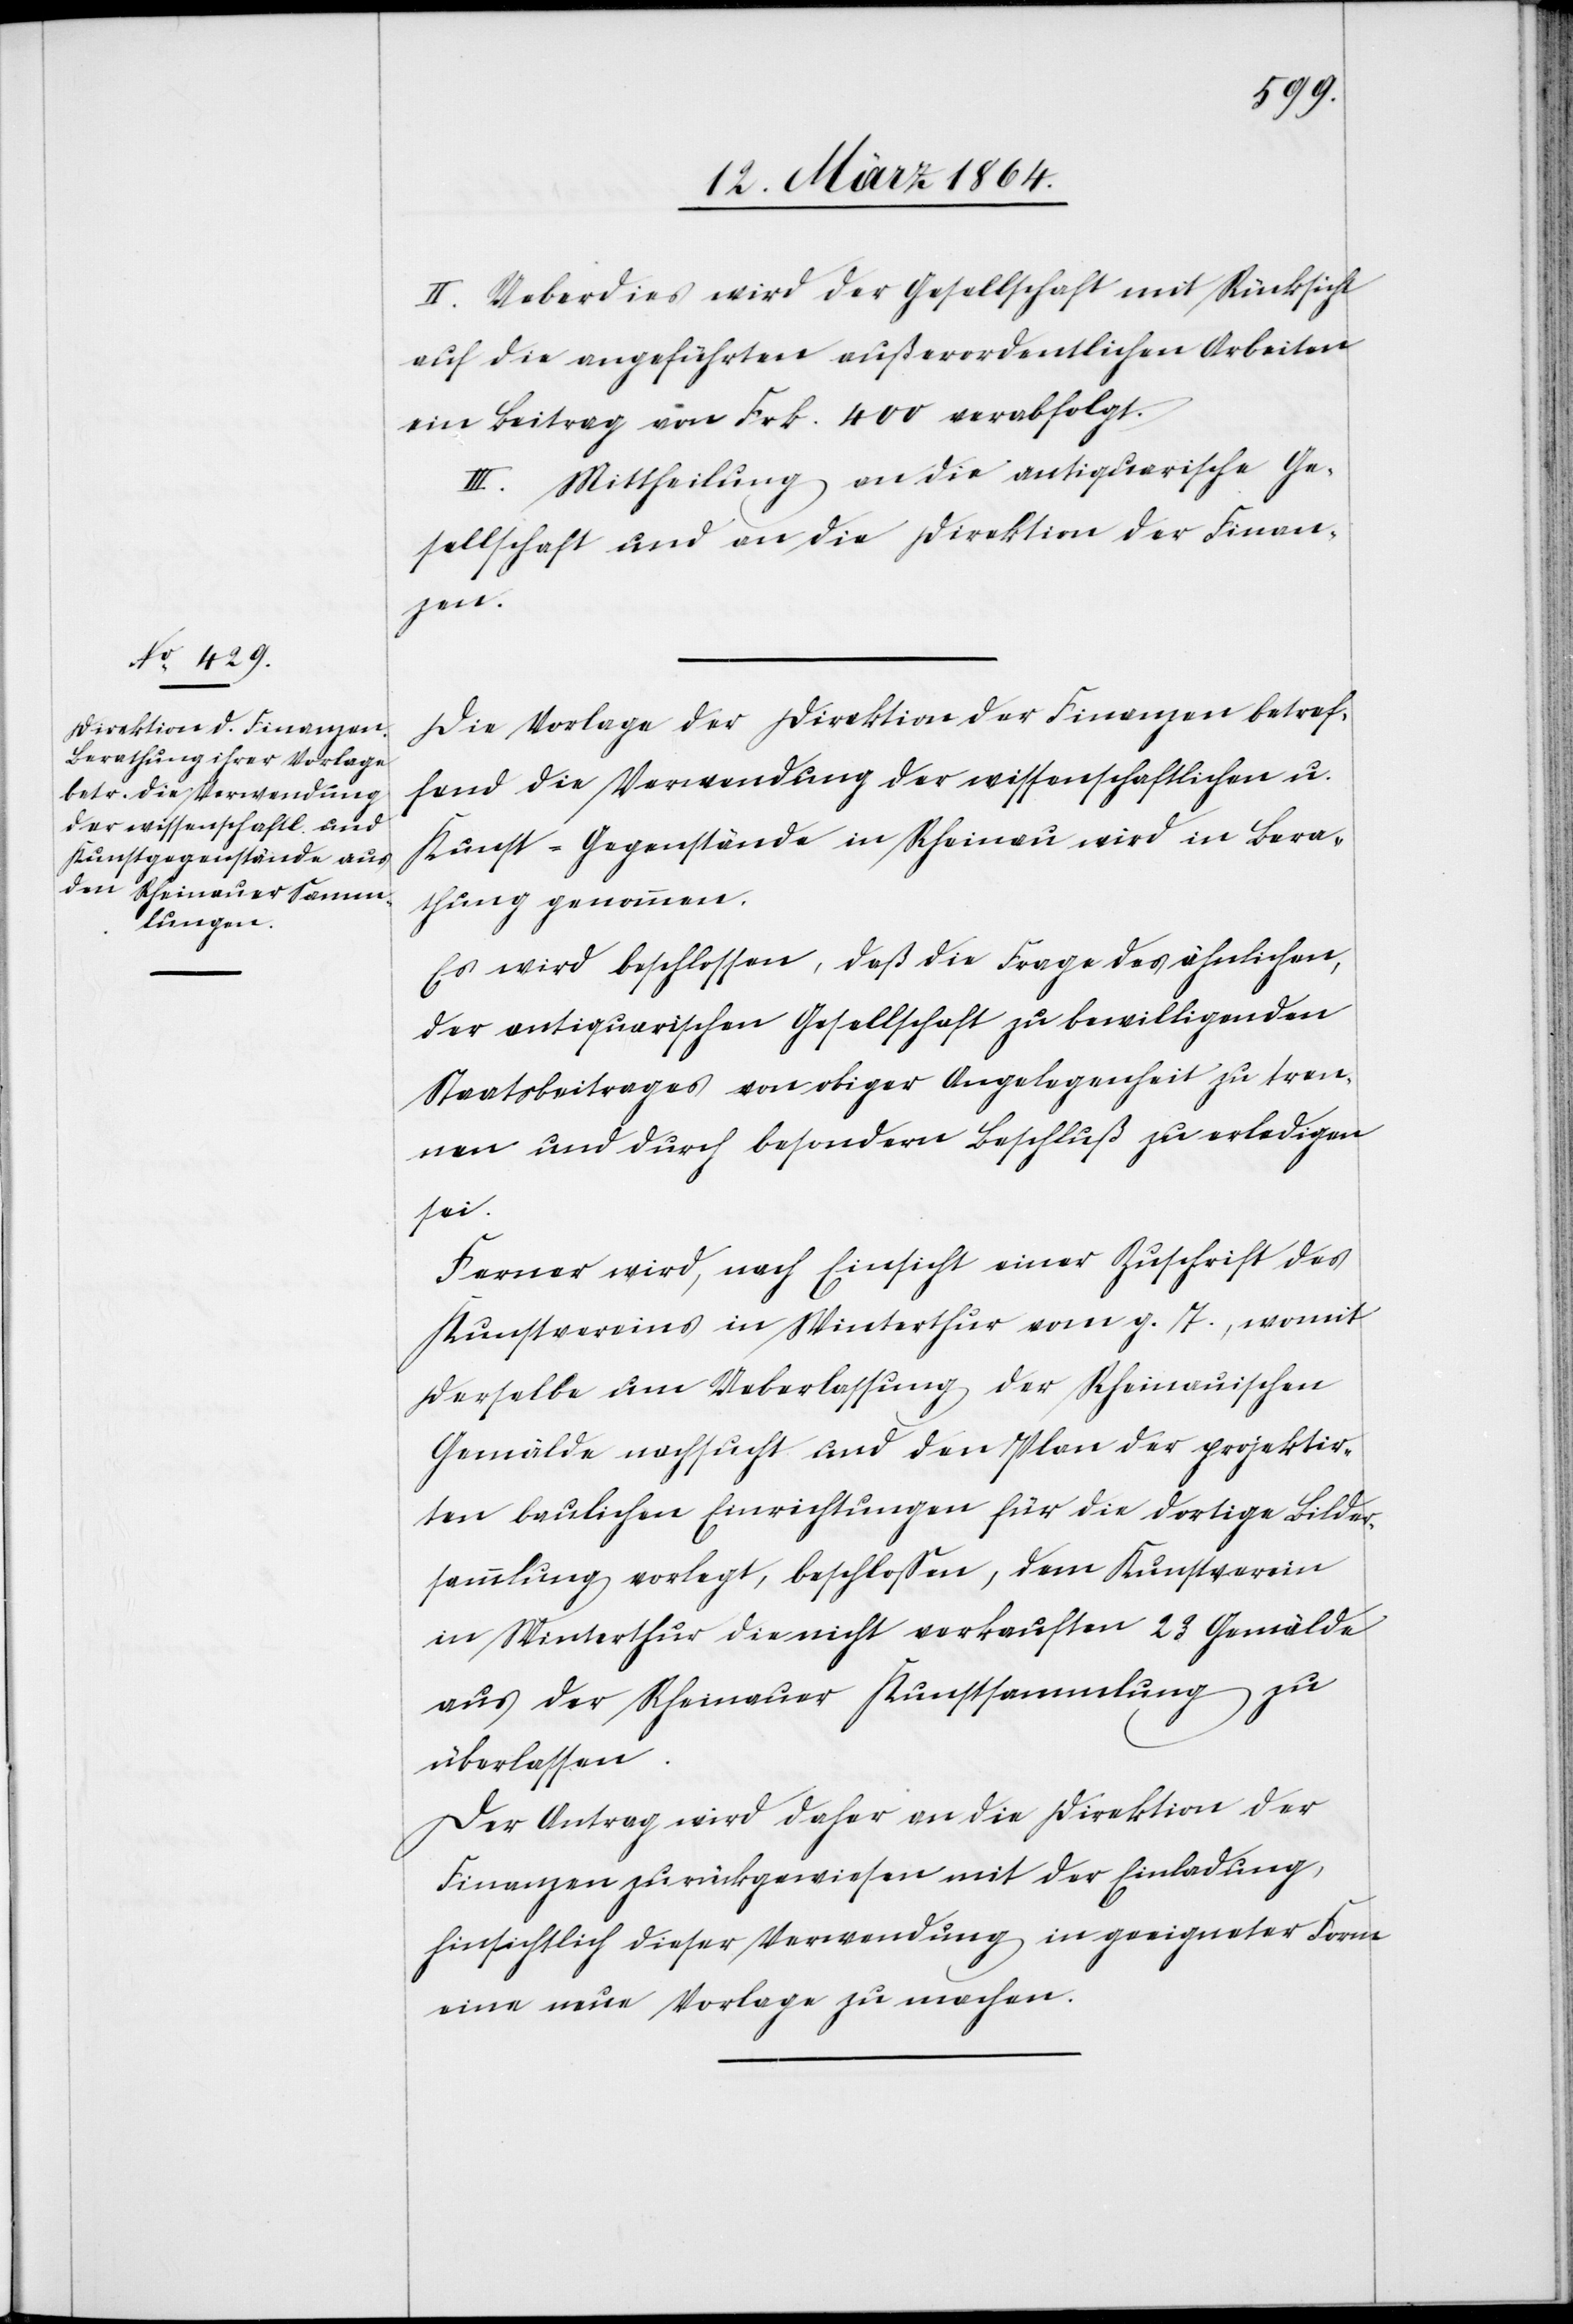
II. Ueberdies wird der Gesellschaft mit Rücksicht
auf die angeführten außerordentlichen Arbeiten
ein Beitrag von Frk. 400 verabfolgt.
III. Mittheilung an die antiquarische Ge¬
sellschaft und an die Direktion der Finan¬
zen.
Die Vorlage der Direktion der Finanzen betref¬
fend die Verwendung der wissenschaftlichen u.
Kunst-Gegenstände in Rheinau wird in Bera¬
thung genommen.
Es wird beschlossen, daß die Frage des ähnlichen,
der antiquarischen Gesellschaft zu bewilligenden
Staatsbeitrages von obiger Angelegenheit zu tren¬
nen und durch besondern Beschluß zu erledigen
sei.
Ferner wird, nach Einsicht einer Zuschrift des
Kunstvereins in Winterthur vom g. T., womit
derselbe um Ueberlassung der Rheinauischen
Gemälde nachsucht und den Plan der projektir¬
ten baulichen Einrichtungen für die dortige Bilder¬
sammlung vorlegt, beschlossen, dem Kunstverein
in Winterthur die nicht verkauften 23 Gemälde
aus der Rheinauer Kunstsammlung zu
überlassen.
Der Antrag wird daher an die Direktion der
Finanzen zurückgewiesen mit der Einladung,
hinsichtlich dieser Verwendung in geeigneter Form
eine neue Vorlage zu machen.